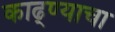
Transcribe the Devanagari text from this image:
काढ्ण्याचा